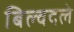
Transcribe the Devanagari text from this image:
बिल्वदले